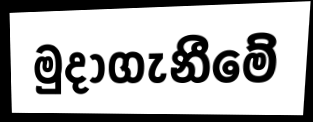
මුදාගැනීමේ